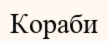
Кораби